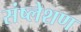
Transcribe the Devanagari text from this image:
संष्लेशण